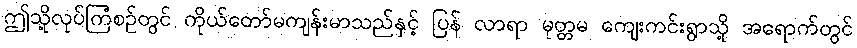
ဤသို့လုပ်ကြံစဉ်တွင် ကိုယ်တော်မကျန်းမာသည်နှင့် ပြန် လာရာ မုတ္တမ ကျေးကင်းရွာသို့ အရောက်တွင်